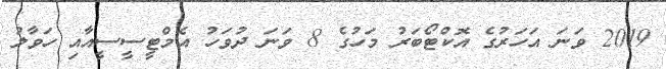
2019 ވަނަ އަހަރުގެ އޮކްޓޯބަރު މަހުގެ 8 ވަނަ ދުވަހު އެމްޓީސީސީއާއި ހަވާލު